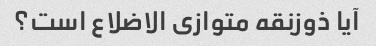
آیا ذوزنقه متوازی الاضلاع است؟